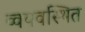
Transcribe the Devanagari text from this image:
व्वयवस्थित